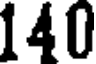
140